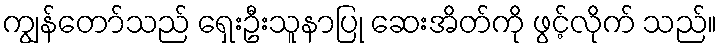
ကျွန်တော်သည် ရှေးဦးသူနာပြု ဆေးအိတ်ကို ဖွင့်လိုက် သည်။